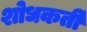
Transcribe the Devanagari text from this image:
शोधकर्ती